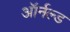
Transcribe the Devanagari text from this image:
ऑर्नल्ड